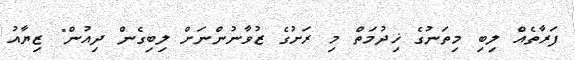
ފަރާތެއް ލިބި މިތަނުގެ ޚިދުމަތް މި ރަށުގެ ޒުވާނުންނަށް ލިބިގެން ދިއުން" ޒިޔާއު